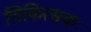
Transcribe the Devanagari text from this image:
चिकित्सकः